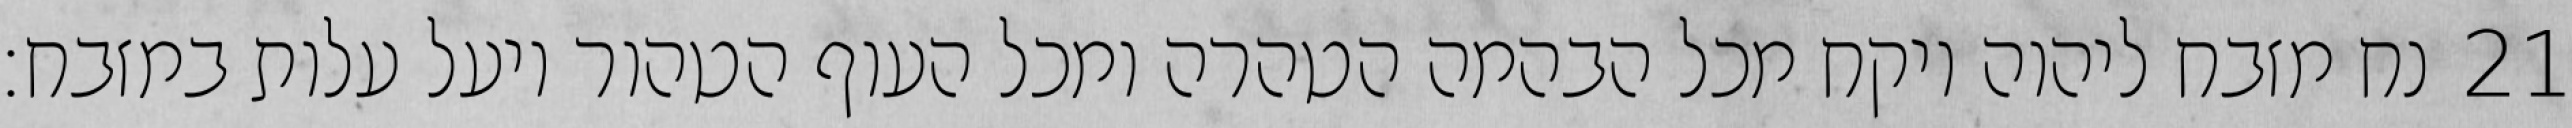
נח מזבח ליהוה ויקח מכל הבהמה הטהרה ומכל העוף הטהור ויעל עלות במזבח׃ ‎21‏